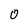
Character: 0